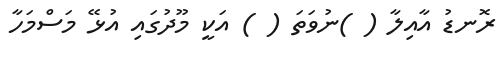
ރޮނޑު އާއިލާ ( )ނުވަތަ ( ) އަކީ މޫދުގައި އުޅޭ މަސްމަހާ